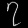
Digit: ၇